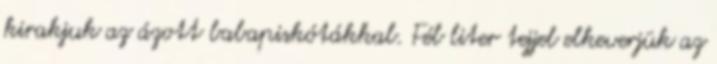
kirakjuk az ázott babapiskótákkal. Fél liter tejjel elkeverjük az